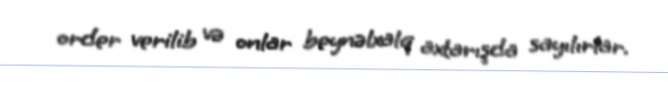
order verilib və onlar beynəlxalq axtarışda sayılırlar.